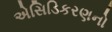
એસિડિકરણનો